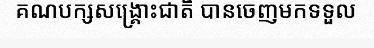
គណបក្សសង្គ្រោះជាតិ បានចេញមកទទួល